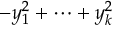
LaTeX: - y _ { 1 } ^ { 2 } + \cdots + y _ { k } ^ { 2 }